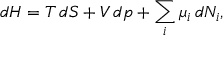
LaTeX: d H = T \, d S + V \, d p + \sum _ { i } \mu _ { i } \, d N _ { i } ,